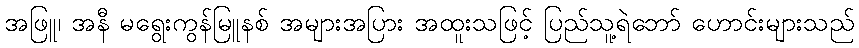
အဖြူ၊ အနီ မရွေးကွန်မြူနစ် အများအပြား အထူးသဖြင့် ပြည်သူ့ရဲဘော် ဟောင်းများသည်